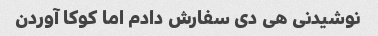
نوشیدنی هی دی سفارش دادم اما کوکا آوردن